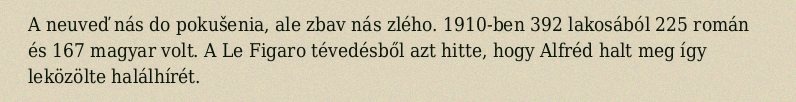
A neuveď nás do pokušenia, ale zbav nás zlého. 1910-ben 392 lakosából 225 román és 167 magyar volt. A Le Figaro tévedésből azt hitte, hogy Alfréd halt meg így leközölte halálhírét.